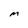
Character: M